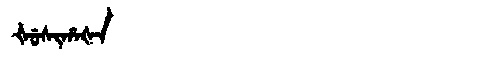
Manchu: ᡧᡠᠰᡳᡥᠠᡧᠠ
Romanization: ŠUSIHAŠA